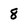
Character: 8